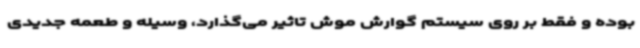
بوده و فقط بر روی سیستم گوارش موش تاثیر می‌گذارد، وسیله و طعمه جدیدی